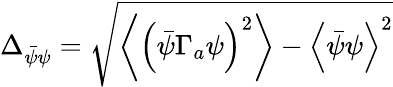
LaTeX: \Delta_{\bar{\psi}\psi}=\sqrt{\left\langle\left(\bar{\psi}\Gamma_{a}\psi\right)^{2}\right\rangle-\left\langle\bar{\psi}\psi\right\rangle^{2}}